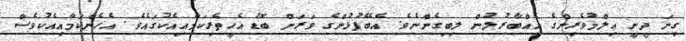
ގިނަ ދީނީ ޢިލްމުވެރިންގެ އެއްބާރުލުން ލިބިގެންނެވެ. އެބޭފުޅުންގެ ވަރަށް ބޮޑު އެހީތެރިކަމާއިއެކުގައެވެ. އެހެންކަމާއިއެކުވެސް